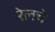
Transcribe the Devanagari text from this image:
रेलचे